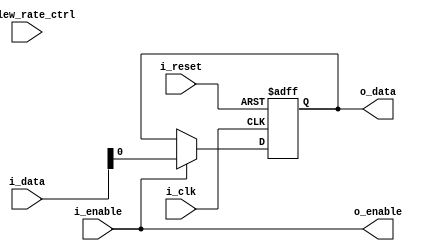
module io_block (
    input wire i_clk,
    input wire i_reset,
    input wire i_enable,
    input wire i_slew_rate_ctrl,
    input wire [7:0] i_data,
    output reg o_data,
    output reg o_enable,
);

assign o_enable = i_enable;

always @(posedge i_clk or posedge i_reset) begin
    if (i_reset) begin
        o_data <= 0;
    end else if (o_enable) begin
        o_data <= i_data;
    end
end

endmodule